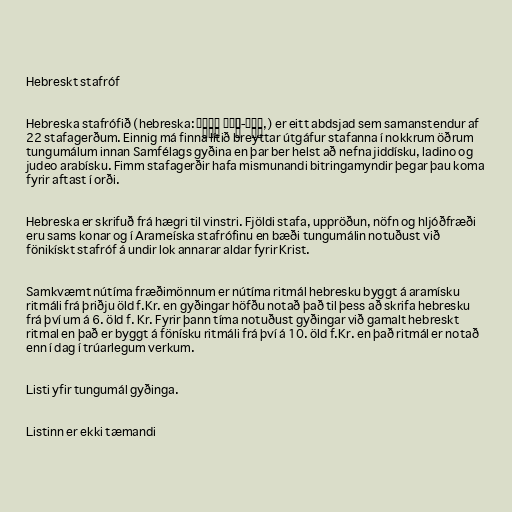
Hebreskt stafróf

Hebreska stafrófið (hebreska: אָלֶף-בֵּית עִבְרִי‎,) er eitt abdsjad sem samanstendur af
22 stafagerðum. Einnig má finna lítið breyttar útgáfur stafanna í nokkrum öðrum
tungumálum innan Samfélags gyðina en þar ber helst að nefna jiddísku, ladino og
judeo arabísku. Fimm stafagerðir hafa mismunandi bitringamyndir þegar þau koma
fyrir aftast í orði.

Hebreska er skrifuð frá hægri til vinstri. Fjöldi stafa, uppröðun, nöfn og hljóðfræði
eru sams konar og í Arameíska stafrófinu en bæði tungumálin notuðust við
fönikískt stafróf á undir lok annarar aldar fyrir Krist.

Samkvæmt nútíma fræðimönnum er nútíma ritmál hebresku byggt á aramísku
ritmáli frá þriðju öld f.Kr. en gyðingar höfðu notað það til þess að skrifa hebresku
frá því um á 6. öld f. Kr. Fyrir þann tíma notuðust gyðingar við gamalt hebreskt
ritmal en það er byggt á fönísku ritmáli frá því á 10. öld f.Kr. en það ritmál er notað
enn í dag í trúarlegum verkum.

Listi yfir tungumál gyðinga.

Listinn er ekki tæmandi